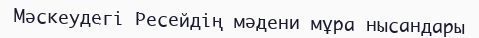
Мәскеудегі Ресейдің мәдени мұра нысандары